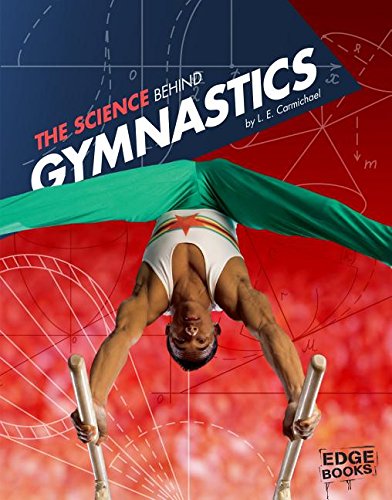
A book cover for The Science Behind Gymnastics (Science of the Summer Olympics); L. E. Carmichael; Children's Books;